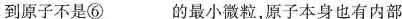
到原子不是⑥ 的最小微粒，原子本身也有内部